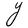
Character: Y